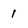
Character: 1